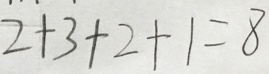
2 + 3 + 2 + 1 = 8